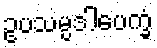
ဥပသမ္ပဒါပေက္ခံ